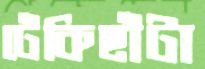
ঢেঁকিছাঁটা